Indian journal of veterinary science and animal husbandry - Volumes 15-17, 1948-1951
Year: 1948
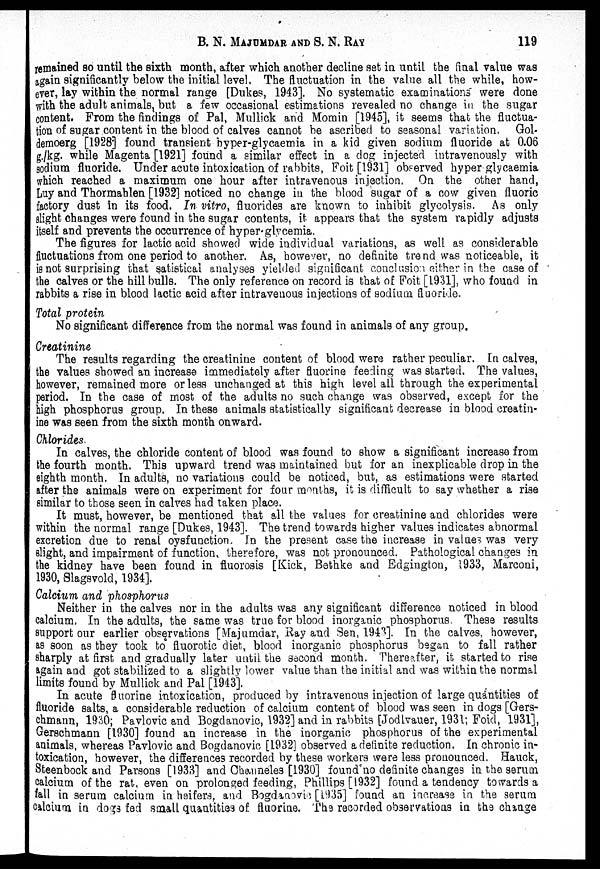
B. N. MAJUMDAR AND S. N.
RAY
119
remained so until the sixth month, after which another decline set in until the final value was
again significantly below the initial level. The fluctuation in the value all the while, how-
ever, lay within the normal range [Dukes, 1943]. No systematic examinations" were done
with the adult animals, but a few occasional estimations revealed no change in the sugar
content. From the findings of Pal, Mullick and Momin [1945], it seems that the fluctua-
tion of sugar content in the blood of calves cannot be ascribed to seasonal variation. Gol-
demoerg [1928] found transient byper-glycaemia in a kid given sodium fluoride at 0.06
g./kg. while Magenta [1921] found a similar effect in a dog injected intravenously with
sodium fluoride. Under acute intoxication of rabbits, Foit [1931] observed hyper glycaemia
which reached a maximum one hour after intravenous injection. On the other hand,
Luy and Thormahlen [1932] noticed no change in the blood sugar of a cow given fluoric
factory dust in its food. In vitro, fluorides are known to inhibit glycolysis. As only
slight changes were found in the sugar contents, it appears that the system rapidly adjusts
itself and prevents the occurrence of hyper-glycemia.
The figures for lactic acid showed wide individual variations, as well as considerable
fluctuations from one period to another. As, however, no definite trend was noticeable, it
is not surprising that satistical analyses yielded significant conclusion either in the case of
the calves or the hill bulls. The only reference on record is that of Foit [1931], who found in
rabbits a rise in blood lactic acid after intravenous injections of sodium fluoride.
Total protein
No significant difference from the normal was found in animals of any group.
Creatinine
The results regarding the creatinine content of blood were rather peculiar. In calves,
the values showed an increase immediately after fluorine feeding was started. The values,
however, remained more or less unchanged at this high level all through the experimental
period. In the case of most of the adults no such change was observed, except for the
high phosphorus group. In these animals statistically significant decrease in blood creatin-
ine was seen from the sixth month onward.
Chlorides.
In calves, the chloride content of blood was found to show a significant increase from
the fourth month. This upward trend was maintained but for an inexplicable drop in the
eighth month. In adults, no variations could be noticed, but, as estimations were started
after the animals were on experiment for four months, it is difficult to say whether a rise
similar to those seen in calves had taken place.
It must, however, be mentioned that all the values for creatinine and chlorides were
within the normal range [Dukes, 1943]. The trend towards higher values indicates abnormal
excretion due to renal oysfunction. In the present case the increase in values was very
slight, and impairment of function, therefore, was not pronounced. Pathological changes in
the kidney have been found in fluorosis [Kick, Bethke and Edgington, 1933, Marconi,
1930, Slagsvold, 1934].
Calcium and phosphorus
Neither in the calves nor in the adults was any significant difference noticed in blood
calcium. In the adults, the same was true for blood inorganic phosphorus. These results
support our earlier observations [Majumdar, Ray and Sen, 1943]. In the calves, however,
as soon as they took to fluorotic diet, blood inorganic phosphorus began to fall rather
sharply at first and gradually later until the second month. Thereafter, it started to rise
again and got stabilized to a slightly lower value than the initial and was within the normal
limits found by Mullick and Pal [1943].
In acute fluorine intoxication, produced by intravenous injection of large quantities of
fluoride salts, a considerable reduction of calcium content of blood was seen in dogs [Gers-
chmann, 1930; Pavlovic and Bogdanovic, 1932] and in rabbits [Jodlvauer, 1931; Foid, 1931],
Gerschmann [1930] found an increase in the inorganic phosphorus of the experimental
animals, whereas Pavlovic and Bogdanovic [1932] observed a definite reduction. In chronic in-
toxication, however, the differences recorded by these workers were less pronounced. Hauck,
Steenbock and Parsons [1933] and Chaimeles [1930] found no definite changes in the serum
calcium of the rat, even on prolonged feeding, Phillips [1932] found a tendency towards a
fall in serum calcium in heifers, and Bogdanovic [1935] found an increase in the serum
calcium in dogs fed small quantities of fluorine. The recorded observations in the change